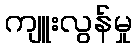
ကျူးလွန်မှု